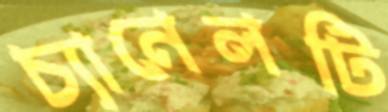
চ্যানেলটি